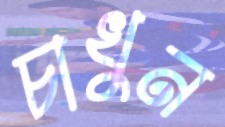
চাখুন